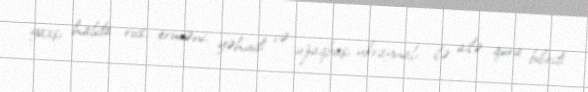
yaxşı halda rus, erməni, yəhudi və uzaqbaşı ukraynalı ilə ailə qura bilirdi.